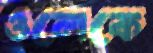
ওলেকে